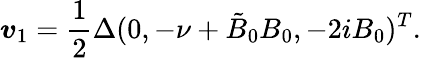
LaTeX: \boldsymbol{v}_{1}=\frac{1}{2}\Delta(0,-\nu+\tilde{B}_{0}B_{0},-2iB_{0})^{T}.